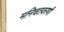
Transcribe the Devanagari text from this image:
मनिचतवरणी